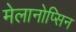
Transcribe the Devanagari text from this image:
मेलानोप्सिन